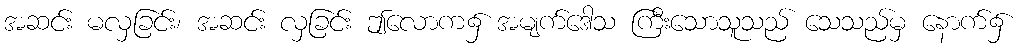
အဆင်း မလှခြင်း၊ အဆင်း လှခြင်း ဤလောက၌ အမျက်ဒေါသ ကြီးသောသူသည် သေသည်မှ နောက်၌